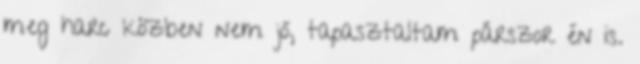
meg harc közben nem jó, tapasztaltam párszor én is.